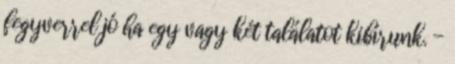
fegyverrel jó ha egy vagy két találatot kibírunk. -